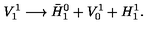
V _ { 1 } ^ { 1 } \longrightarrow \bar { H } _ { 1 } ^ { 0 } + V _ { 0 } ^ { 1 } + H _ { 1 } ^ { 1 } .